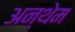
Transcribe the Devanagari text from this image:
अन्थेम